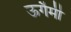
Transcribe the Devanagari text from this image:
ऊगैमी